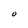
Character: O